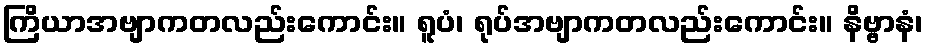
ကြိယာအဗျာကတလည်းကောင်း။ ရူပံ၊ ရုပ်အဗျာကတလည်းကောင်း။ နိဗ္ဗာနံ၊